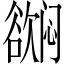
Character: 𬅳